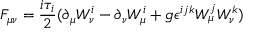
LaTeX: F _ { \mu \nu } = \frac { i \tau _ { i } } { 2 } ( \partial _ { \mu } W _ { \nu } ^ { i } - \partial _ { \nu } W _ { \mu } ^ { i } + g \epsilon ^ { i j k } W _ { \mu } ^ { j } W _ { \nu } ^ { k } )